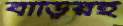
বাড়িরই